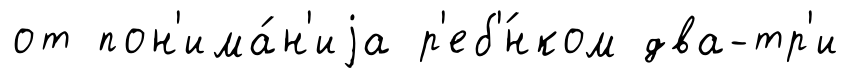
от пон'има́н'иjа р'еб'́нком два-тр'и